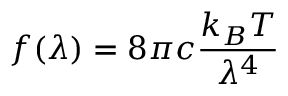
f ( \lambda ) = 8 \pi c { \frac { k _ { B } T } { \lambda ^ { 4 } } }